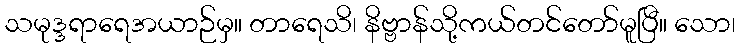
သမုဒ္ဒရာရေအယာဉ်မှ။ တာရေသိ၊ နိဗ္ဗာန်သို့ကယ်တင်တော်မူပြီ။ သော၊